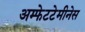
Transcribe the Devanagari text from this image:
अम्फेटटेमीनेस